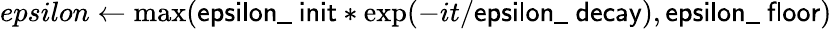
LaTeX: epsilon\leftarrow\operatorname*{max}(\textsf{epsilon\_ init}*\exp(-it/\textsf{epsilon\_ decay}),\textsf{epsilon\_ floor})